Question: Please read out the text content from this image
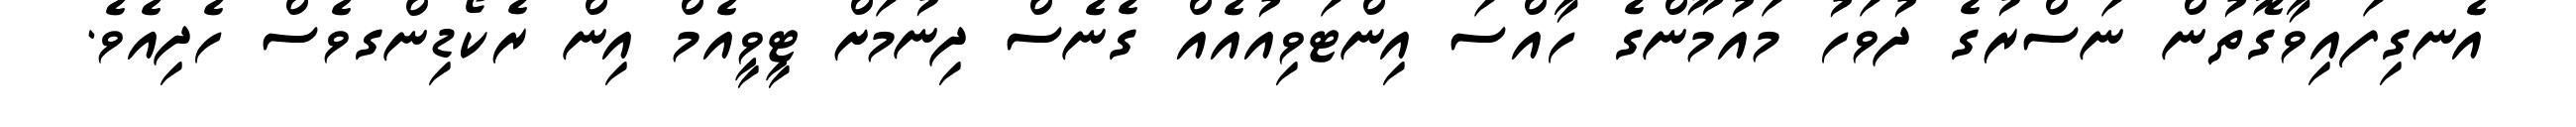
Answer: އެނގިފައިވާގޮތުން ނަސްރުގެ ދުވަހު މައުމޫންގެ ހާއްސަ އިންޓަވިއުއެއް ގެނެސް ދިނުމަށް ޓީވީއެމް އިން ރެކޯޑިންގވެސް ހެދިއެވެ.